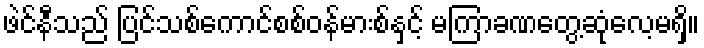
ဖဲင်နီသည် ပြင်သစ်ကောင်စစ်ဝန်မားစ်နှင့် မကြာခဏတွေ့ဆုံလေ့မရှိ။